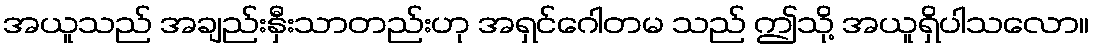
အယူသည် အချည်းနှီးသာတည်းဟု အရှင်ဂေါတမ သည် ဤသို့ အယူရှိပါသလော။